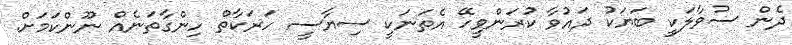
ދެން ސުވާލަކީ ބަޔަކު ދައުވާ ކުރަންވީހޭ އެތަނަކީ ސިޔާސީ ހަރަކާތް ހިންގާތަނެއް ނޫންކަމަށް.